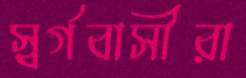
স্বর্গবাসীরা